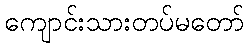
ကျောင်းသားတပ်မတော်